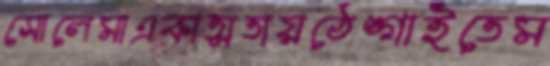
সোলেমাএকাত্মতায়ঠেঙ্গাইতেম